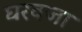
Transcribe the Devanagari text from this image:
घरवजा